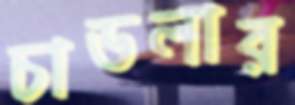
চাডলার